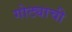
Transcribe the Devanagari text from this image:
गोट्याची